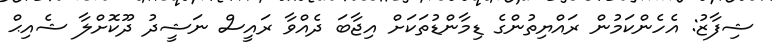
ޝިފާޒު: އެހެންކަމުން ރައްޔިތުންގެ ޑިމާންޑުތަކަށް އިޖާބަ ދެއްވާ ރައީސް ނަޝީދު ދޫކޮށްލާ ޝެއިޙް